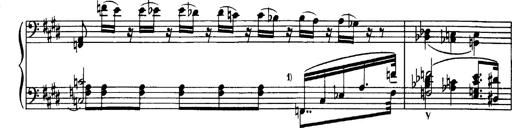
Title: OuvertÃ¼re zu TannhÃ¤user
Composer: Franz Liszt